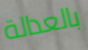
بالعدالة